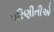
પરિણીતીએ